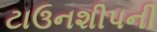
ટાઉનશીપની